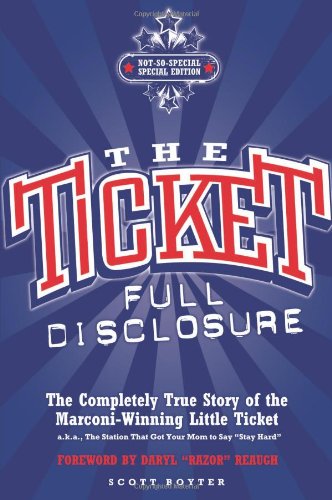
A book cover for The Ticket: Full Disclosure: the Completely True Story of the Marconi-winning Little Ticket, a.k.a., the Station That Got Your Mom to Say 'stay Hard'; Scott Boyter; Sports & Outdoors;